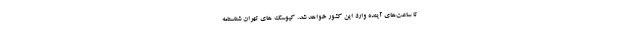
تا ساعت‌های آینده وارد این کشور خواهد شد. کیوسک‌ های تهران شناسنامه